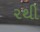
૨થી